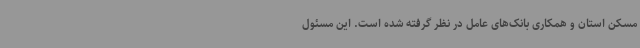
مسکن استان و همکاری بانک‌های عامل در نظر گرفته شده است. این مسئول